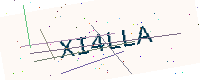
Text: XI4LLA